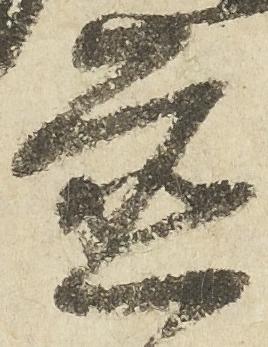
置